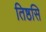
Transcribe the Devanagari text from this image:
तिष्ठसि